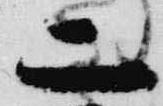
二